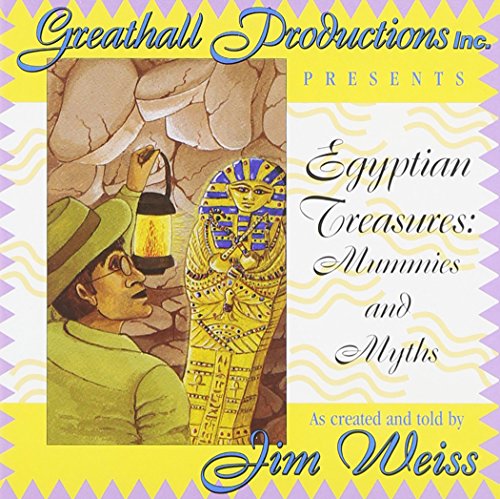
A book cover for Egyptian Treasures: Mummies and Myths; Humor & Entertainment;